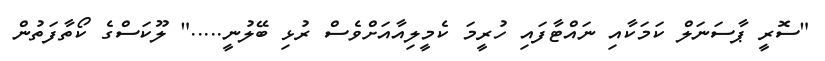
"ސޮރީ ޕާސަނަލް ކަމަކާއި ނައްޓާފައި ހުރީމަ ކެމީލިއާއަށްވެސް ރުޅި ބޭލުނީ....." ލޫކަސްގެ ކޯތާފަތުން